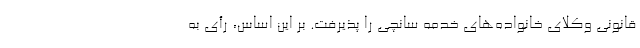
قانونی وکلای خانواده‌های خدمه سانچی را پذیرفت. بر این اساس، رأی به